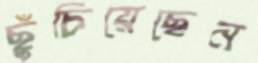
ছুঁচিয়েছেন